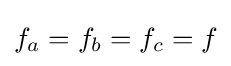
f_{a}=f_{b}=f_{c}=f